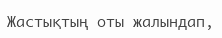
Жастықтың оты жалындап,